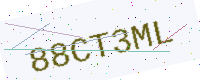
Text: 88CT3ML